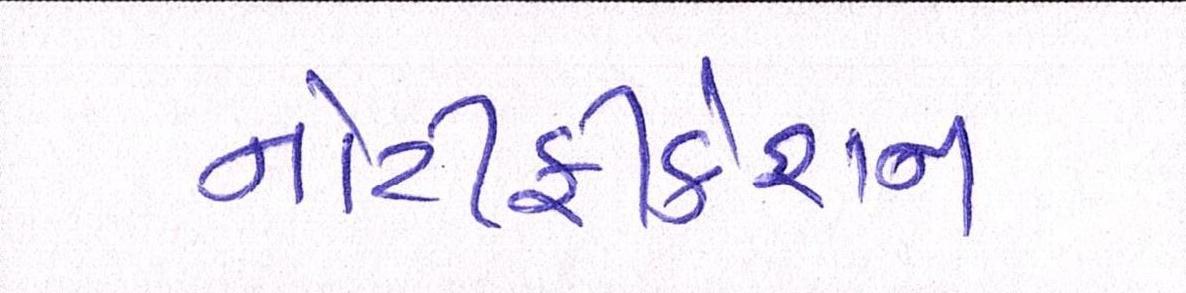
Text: નોટીફીકેશન